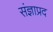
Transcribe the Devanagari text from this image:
संज्ञाप्रद